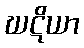
ဃဋိယာ